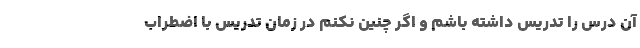
آن درس را تدریس داشته باشم و اگر چنین نکنم در زمان تدریس با اضطراب